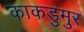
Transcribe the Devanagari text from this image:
काकडुमुर